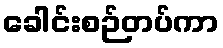
ခေါင်းစဉ်တပ်ကာ